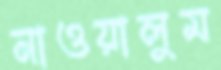
নাওয়ালুম